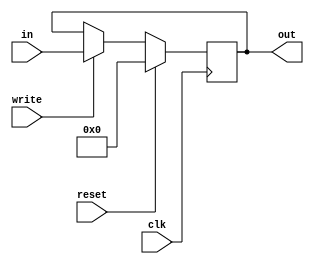
module register8(clk, out, in, write, reset);  // Posedge-triggered flipflop register with active-high write signal an2d reset

	output reg [7:0] out;
	input      [7:0] in;
	input      clk, write, reset;
	
	always@(posedge clk) begin
		if(reset==1) begin
			out = 8'b0;
		end
		else if(write == 1'b1) begin
			out = in;
		end
		else begin
			out = out;
		end
	end
	
endmodule